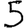
Digit: 5